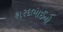
શરદભાઈનો